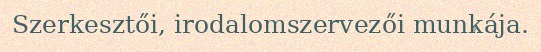
Szerkesztői, irodalomszervezői munkája.